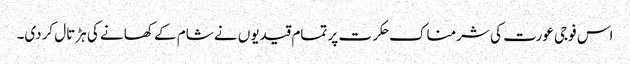
اس فوجی عورت کی شرمناک حکرت پر تمام قیدیوں نے شام کے کھانے کی ہڑتال کردی۔